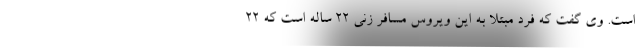
است. وی گفت که فرد مبتلا به این ویروس مسافر زنی ۲۲ ساله است که ۲۲